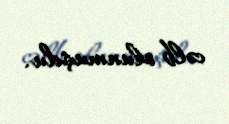
cəlb olunmuşdu.